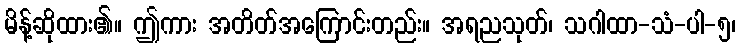
မိန့်ဆိုထား၏။ ဤကား အတိတ်အကြောင်းတည်း။ အရညသုတ်၊ သဂါထာ-သံ-ပါ-၅၊